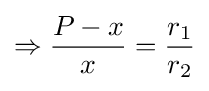
\Rightarrow {\frac {P-x}{x}}={\frac {r_{1}}{r_{2}}}\,\!